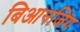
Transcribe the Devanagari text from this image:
बिआनजिंग